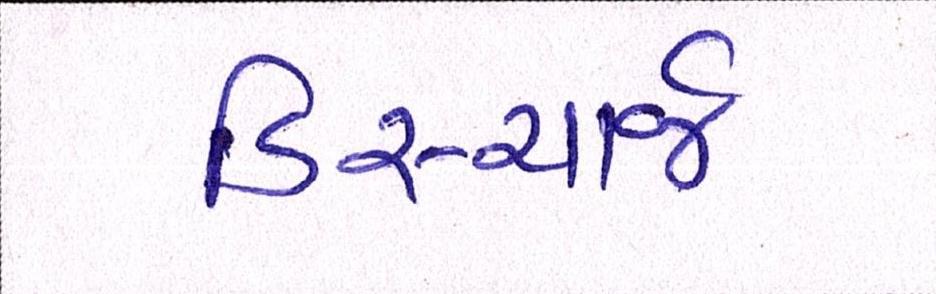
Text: ડિસ્ચાર્જ